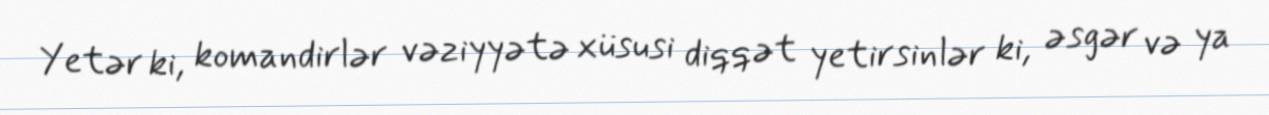
Yetər ki, komandirlər vəziyyətə xüsusi diqqət yetirsinlər ki, əsgər və ya